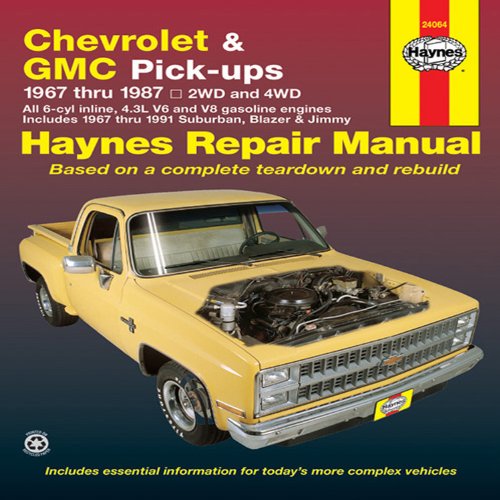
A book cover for Chevrolet & GMC Pick-ups, 1967 Thru 1987 (Haynes Repair Manual); John Haynes; Engineering & Transportation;